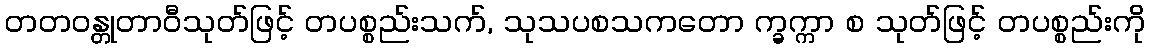
တတဝန္တုတာဝီသုတ်ဖြင့် တပစ္စည်းသက်, သုသပစသကတော က္ခက္ကာ စ သုတ်ဖြင့် တပစ္စည်းကို